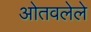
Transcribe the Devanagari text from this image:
ओतवलेले